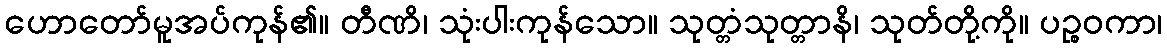
ဟောတော်မူအပ်ကုန်၏။ တီဏိ၊ သုံးပါးကုန်သော။ သုတ္တံသုတ္တာနိ၊ သုတ်တို့ကို။ ပဉ္စဝကာ၊